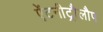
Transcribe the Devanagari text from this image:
ऐंटनीट्रौलौप